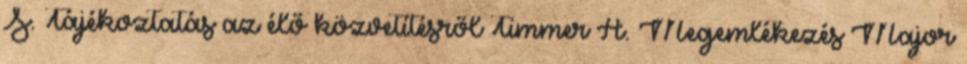
S. Tájékoztatás az élő közvetítésről Timmer Á. Megemlékezés Major